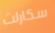
سكارلت